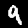
Label: 9